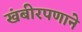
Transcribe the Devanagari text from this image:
खंबीरपणाने